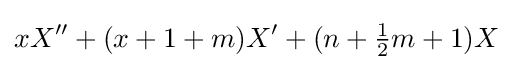
xX''+(x+1+m)X'+(n+{\tfrac {1}{2}}m+1)X